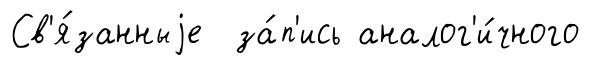
Св'я́занныjе за́п'ись аналог'и́чного